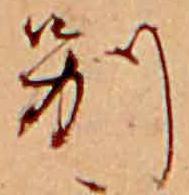
別